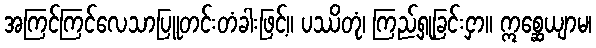
အကြင်ကြင်လေသာပြူတင်းတံခါးဖြင့်။ ပဿိတုံ၊ ကြည့်ရှုခြင်းငှာ။ ဣစ္ဆေယျာမ၊